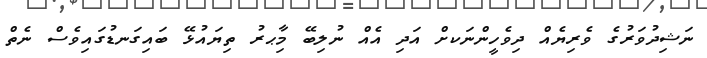
ނަޝިދުވަރުގެ ވެރިޔެއް ދިވެހީންނަކށް އަދި އެއް ނުލިބޭ މިާޙރު ތިޔައުޅޭ ބައިގަނޑުގައިވެސް ނެތް